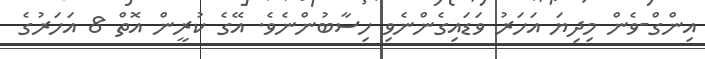
އިންގް-ވެން މިދިޔަ އަހަރު ވަޑައިގެންނެވި ހިސާބުންނެވެ. އޭގެ ކުރީން އޮތް 8 އަހަރުގެ